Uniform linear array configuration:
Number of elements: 24
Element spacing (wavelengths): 0.25
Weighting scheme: kaiser
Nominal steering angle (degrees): -60
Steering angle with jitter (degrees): -60.672
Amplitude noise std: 0.05
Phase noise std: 0.05

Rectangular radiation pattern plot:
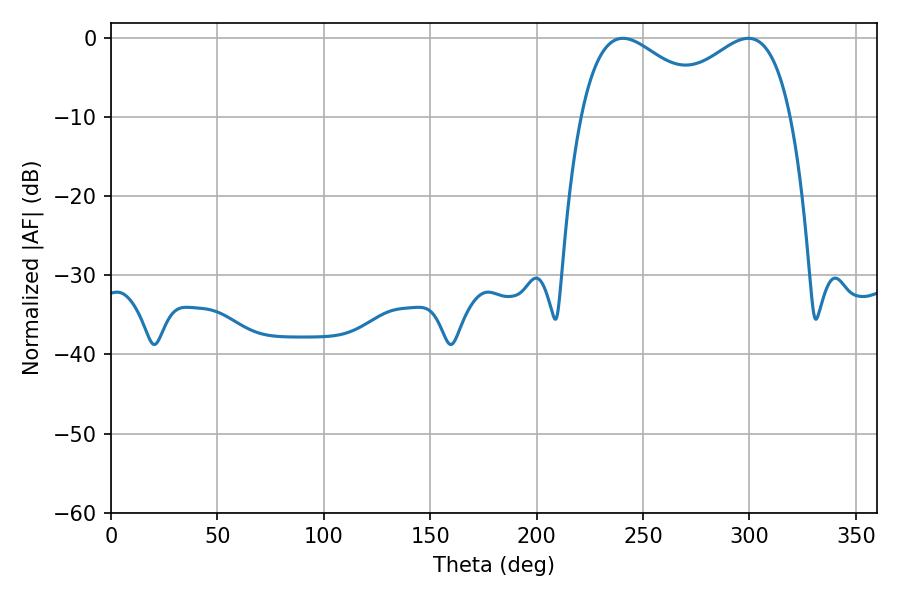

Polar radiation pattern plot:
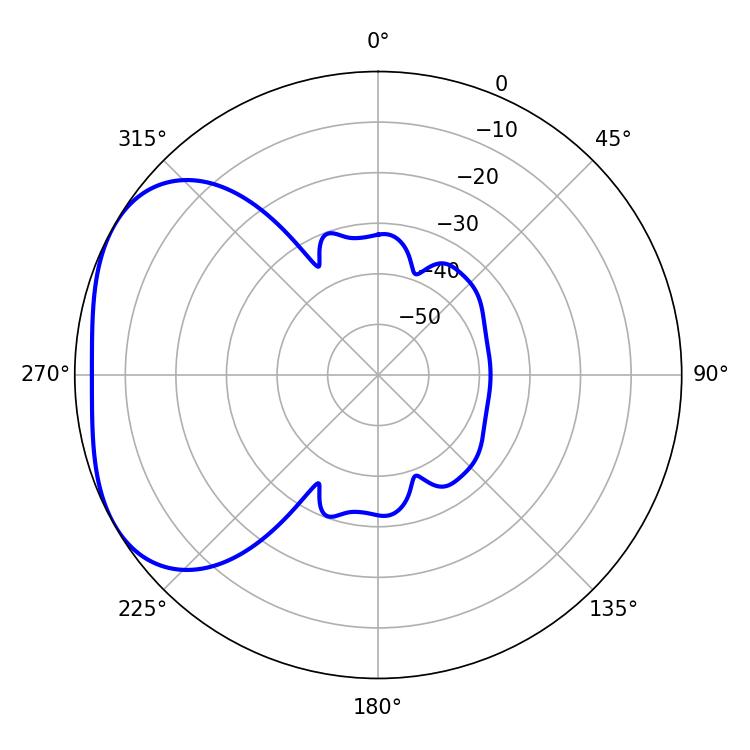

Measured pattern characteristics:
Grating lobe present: FALSE
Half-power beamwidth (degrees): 34.38
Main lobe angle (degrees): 240.48